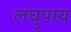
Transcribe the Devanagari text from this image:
लघुपाय